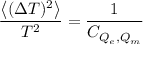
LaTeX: \frac { \left< ( \Delta T ) ^ { 2 } \right> } { T ^ { 2 } } = \frac { 1 } { C _ { Q _ { e } , Q _ { m } } }